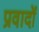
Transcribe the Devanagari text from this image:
प्रवादों